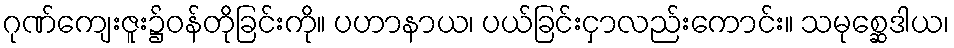
ဂုဏ်ကျေးဇူး၌ဝန်တိုခြင်းကို။ ပဟာနာယ၊ ပယ်ခြင်းငှာလည်းကောင်း။ သမုစ္ဆေဒါယ၊